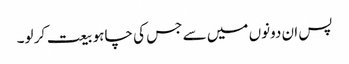
پس ان دونوں میں سے جس کی چاہو بیعت کر لو۔